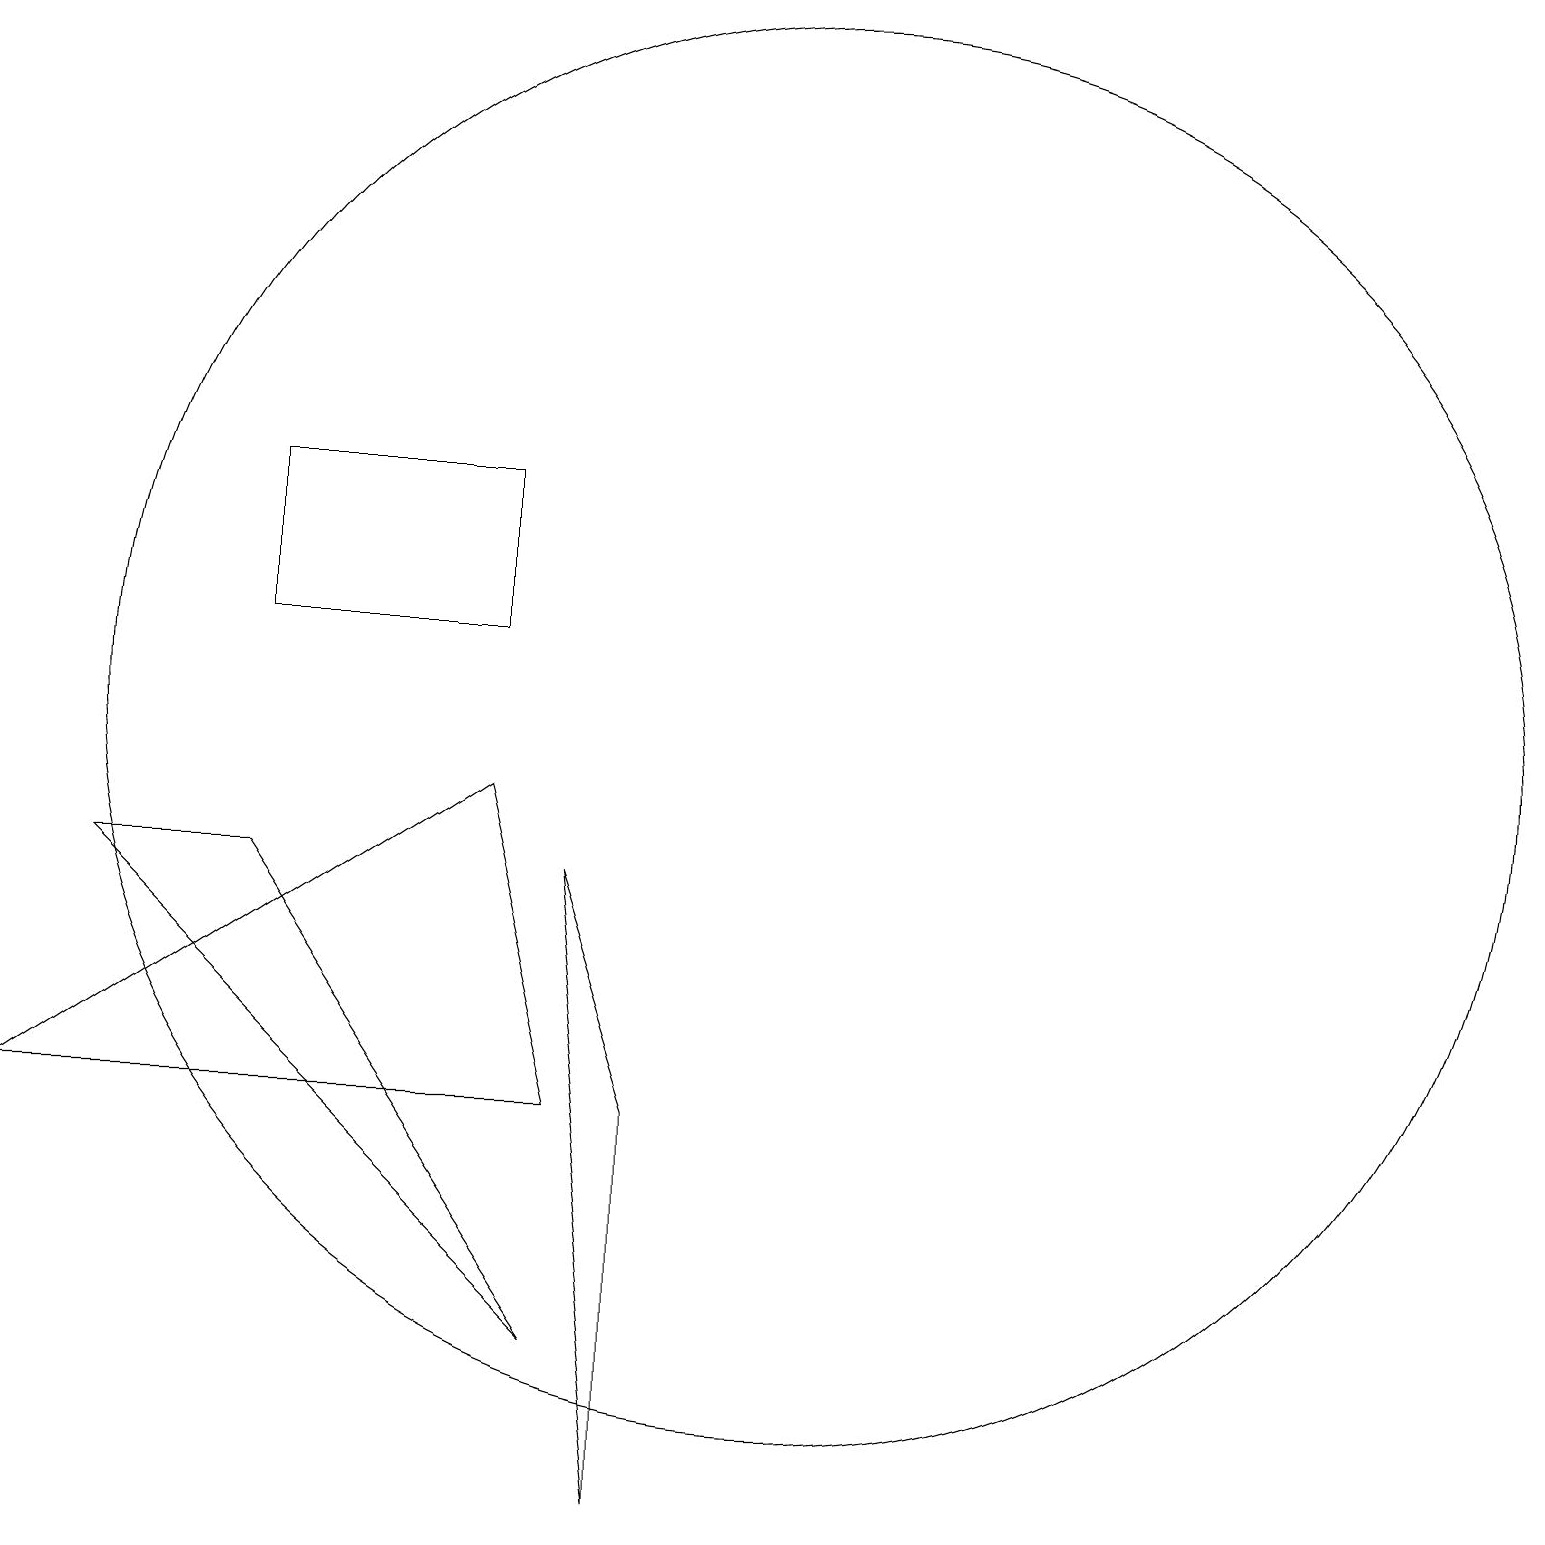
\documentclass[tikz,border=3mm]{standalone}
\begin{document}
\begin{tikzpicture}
\draw (11,11) circle (0);
\draw (9,0) -- (9,5) -- (8,8) -- cycle;
\draw (7,13) rectangle (4,11);
\draw (11,10) circle (9);
\draw (4,8) -- (2,8) -- (8,2) -- cycle;
\draw (8,5) -- (7,9) -- (1,5) -- cycle;
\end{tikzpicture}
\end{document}